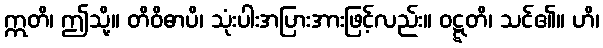
ဣတိ၊ ဤသို့။ တိဝိဓာပိ၊ သုံးပါးအပြားအားဖြင့်လည်း။ ဝဋ္ဋတိ၊ သင်၏။ ဟိ၊